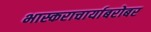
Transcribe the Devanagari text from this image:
भास्कराचार्याबरोबर